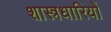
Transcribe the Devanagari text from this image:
शास्त्रधारियों